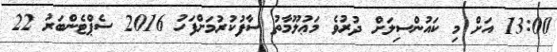
13:00 އަށް މި ކައުންސިލަށް ދުރުވެ މަޢުލޫމާތު ސާފުކުރުމަށްފަހު 2016 ސެޕްޓެންބަރު 22